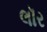
લૉર